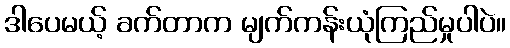
ဒါပေမယ့် ခက်တာက မျက်ကန်းယုံကြည်မှုပါပဲ။